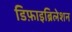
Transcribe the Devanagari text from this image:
डिफ़ाइब्रिलेशन